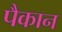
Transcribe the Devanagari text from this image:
पैकान